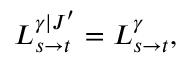
L _ { s \to t } ^ { \gamma | J ^ { \prime } } = L _ { s \to t } ^ { \gamma } ,